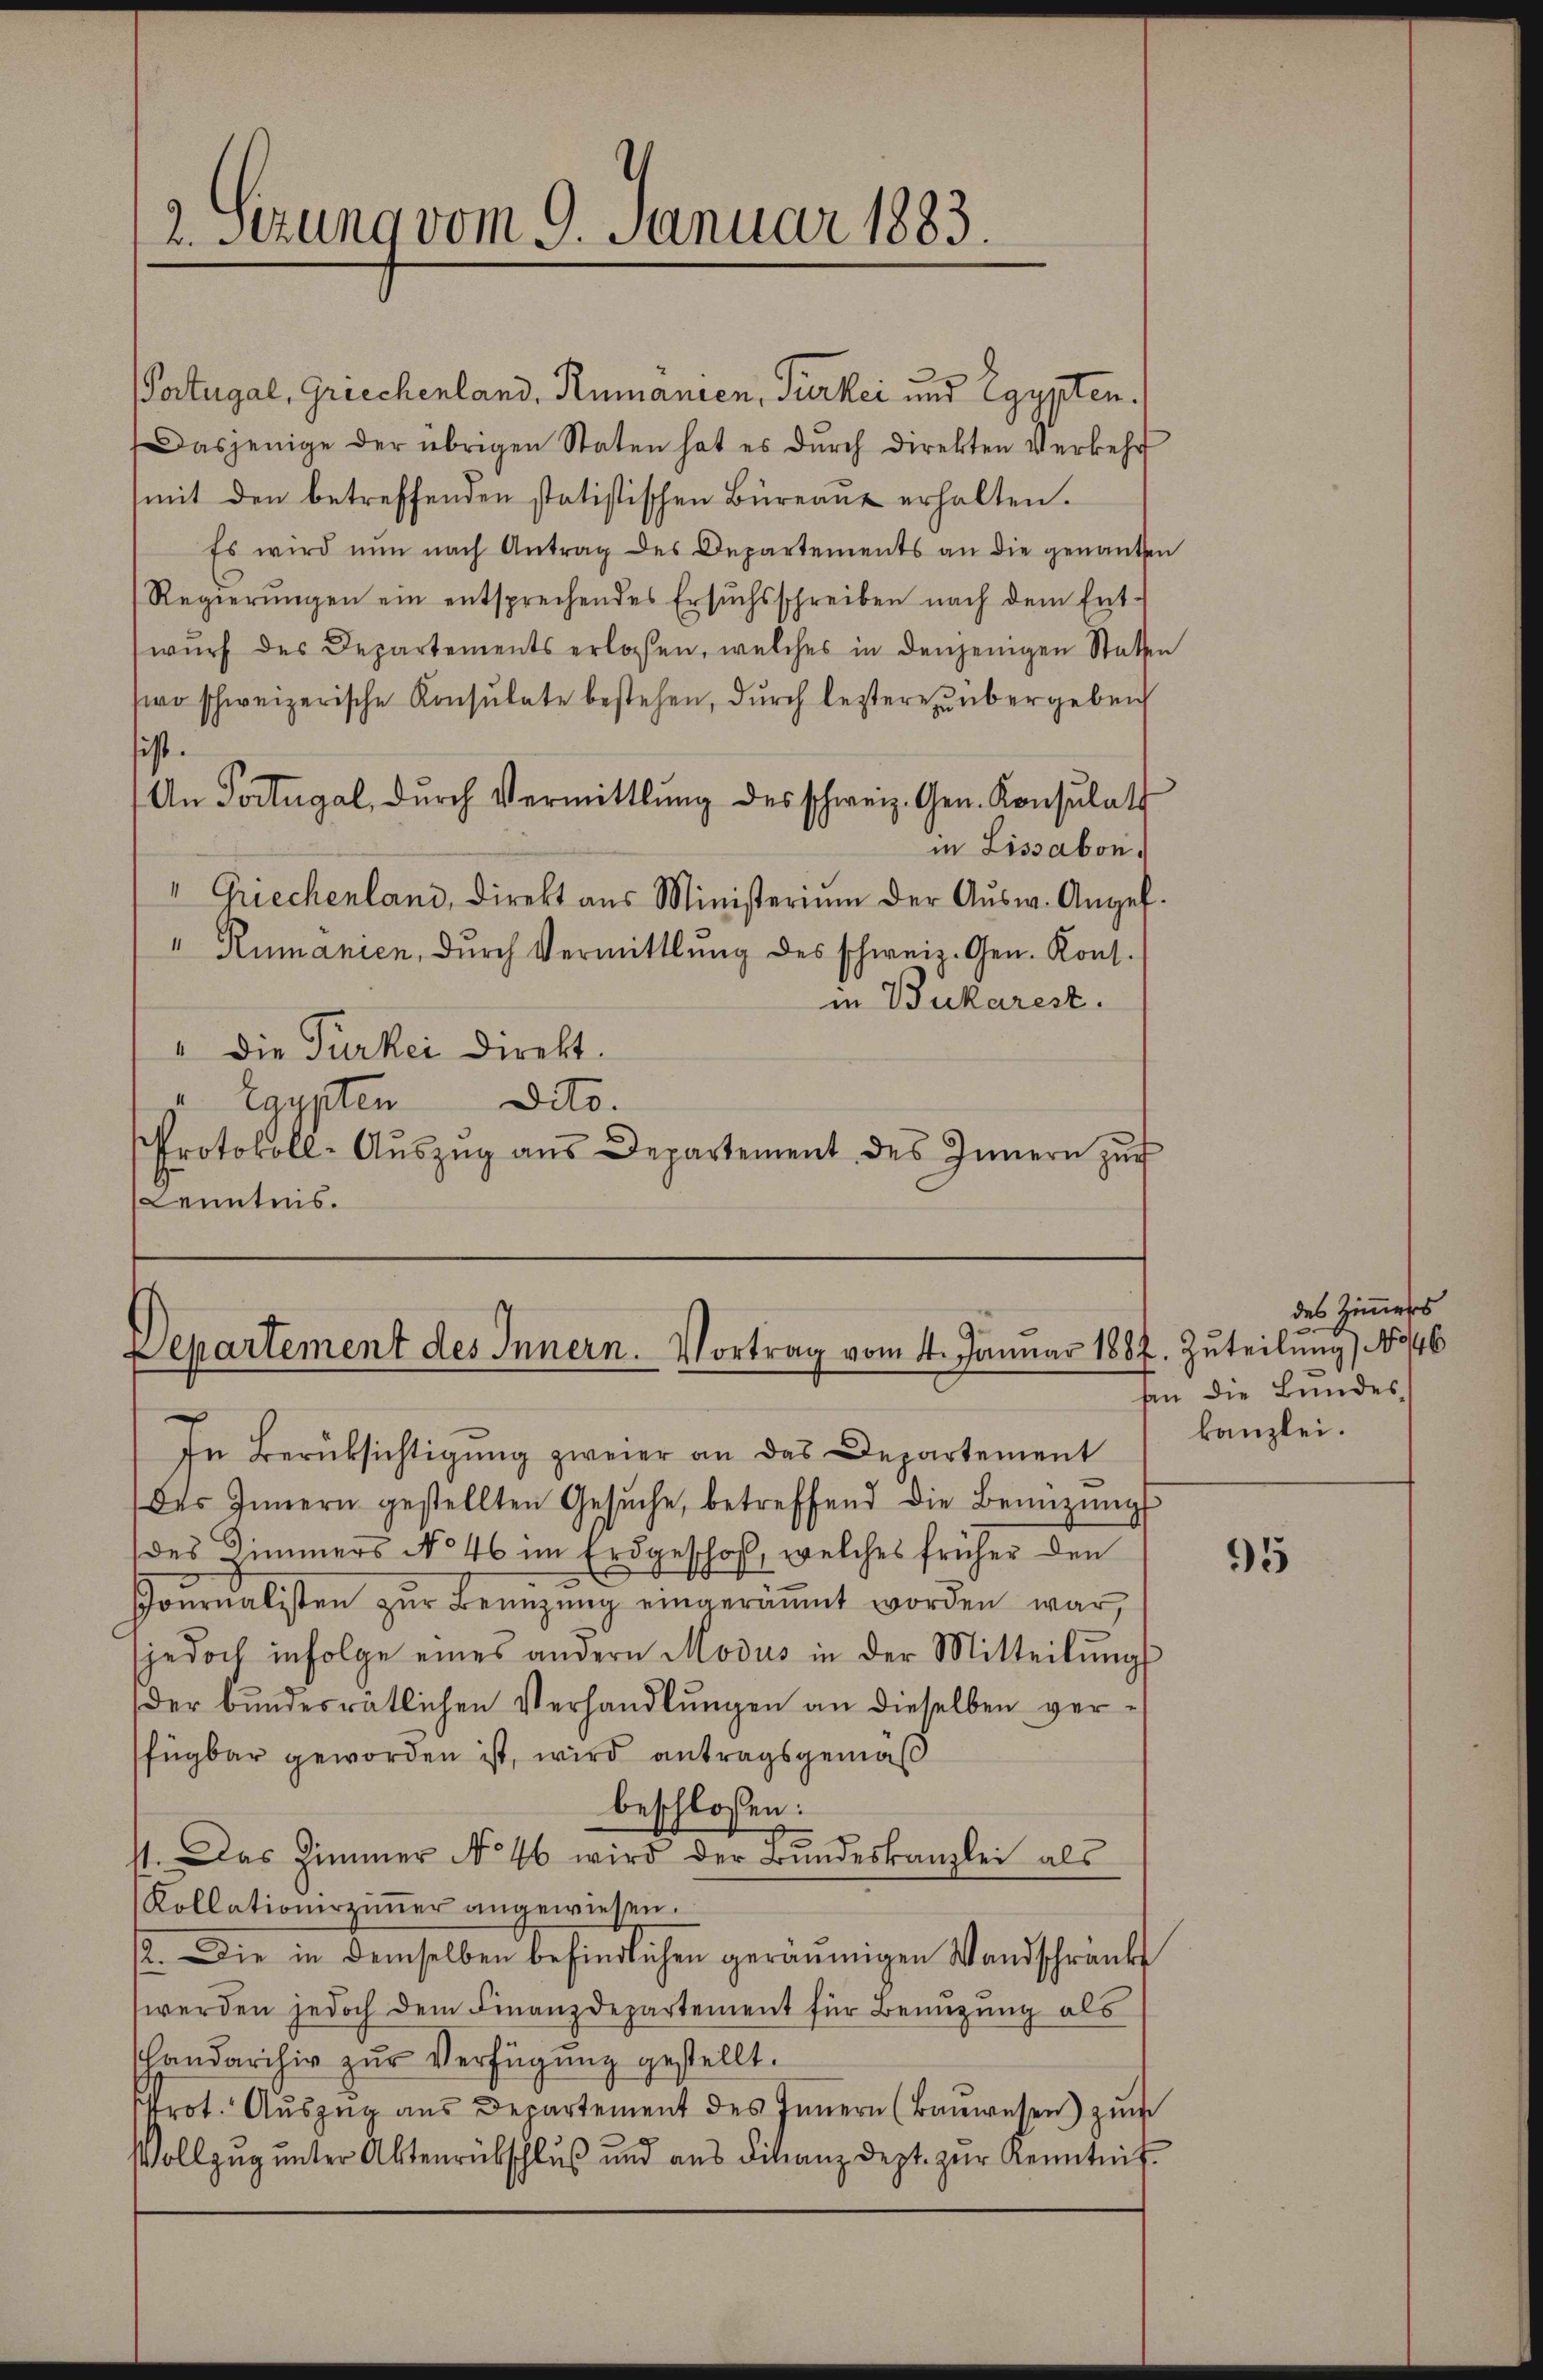
2. Sezung vom 9. Januar 1883.

Patugal, Griechenland, Rumanien, Türkei und Egypten.
Dasjenige der übrigen Staten hat es dŭrch direkten Verkehr
(mit den betreffenden statistischen Büreaŭ erhalten.
Es wird nun nach Antrag des Departements an die genannten
Regierŭngen ein entsprechendes Ersuchsschreiben nach dem Ent-
wŭrf des Departements erlassen, welches in denjenigen Statten
wo schweizerische Konsulate bestehen, durch leztere unbergeben
sist.
An Portugal, dŭrch Vermittlung des schweiz. Gen. Konsulat
in Lissabon.
" Griechenland, Direkt aus Ministerium der Aŭsw. Angef.
" Rumanien, dŭrch Vermittlung des schweiz. Gen. Kons.
in Bukarest.
" die Türkei Direkt.
laypten Dito.
Protokoll-Aŭszŭg aŭs Departement des Innern zŭr
Kenntnis.

Departement des Innern. Vortrag vom 4. Januar 1887. Zuteilung) 1046

des Innern gestellten Gesŭche, betreffend die Benützŭngs
(des Zimmers No 46 im Erdgeschoß, welches früher den
Pournalisten zŭr Benüzung eingeräumt worden war,
(jedoch infolge eines andern Modus in der Mitteilungs
der bundesrätlichen Verhandlungen an dieselben verfügbar geworden ist, wird antragsgemäß
beschlossen:
s
11. Das Zimmer No 46 wird der Bŭndeskanzlei als
(Kollationirziṁer angewiesen.
12. Die in demselben befindlichen geräumigen Wandschränk
werden jedoch dem Finanzdepartement für Benuzung als
shandarchiv zur Verfügung gestellt.
rot. Aŭszŭg ans Departement des Innern (Bauwesen) zum
Vollzŭg ŭnter Aktenrückschluß und aŭs Finanzdept. zŭr Kenntnis

In Berüksichtigung zweier an das Departement

des Zimmers
5
 die Bundes
kanzlei.

95